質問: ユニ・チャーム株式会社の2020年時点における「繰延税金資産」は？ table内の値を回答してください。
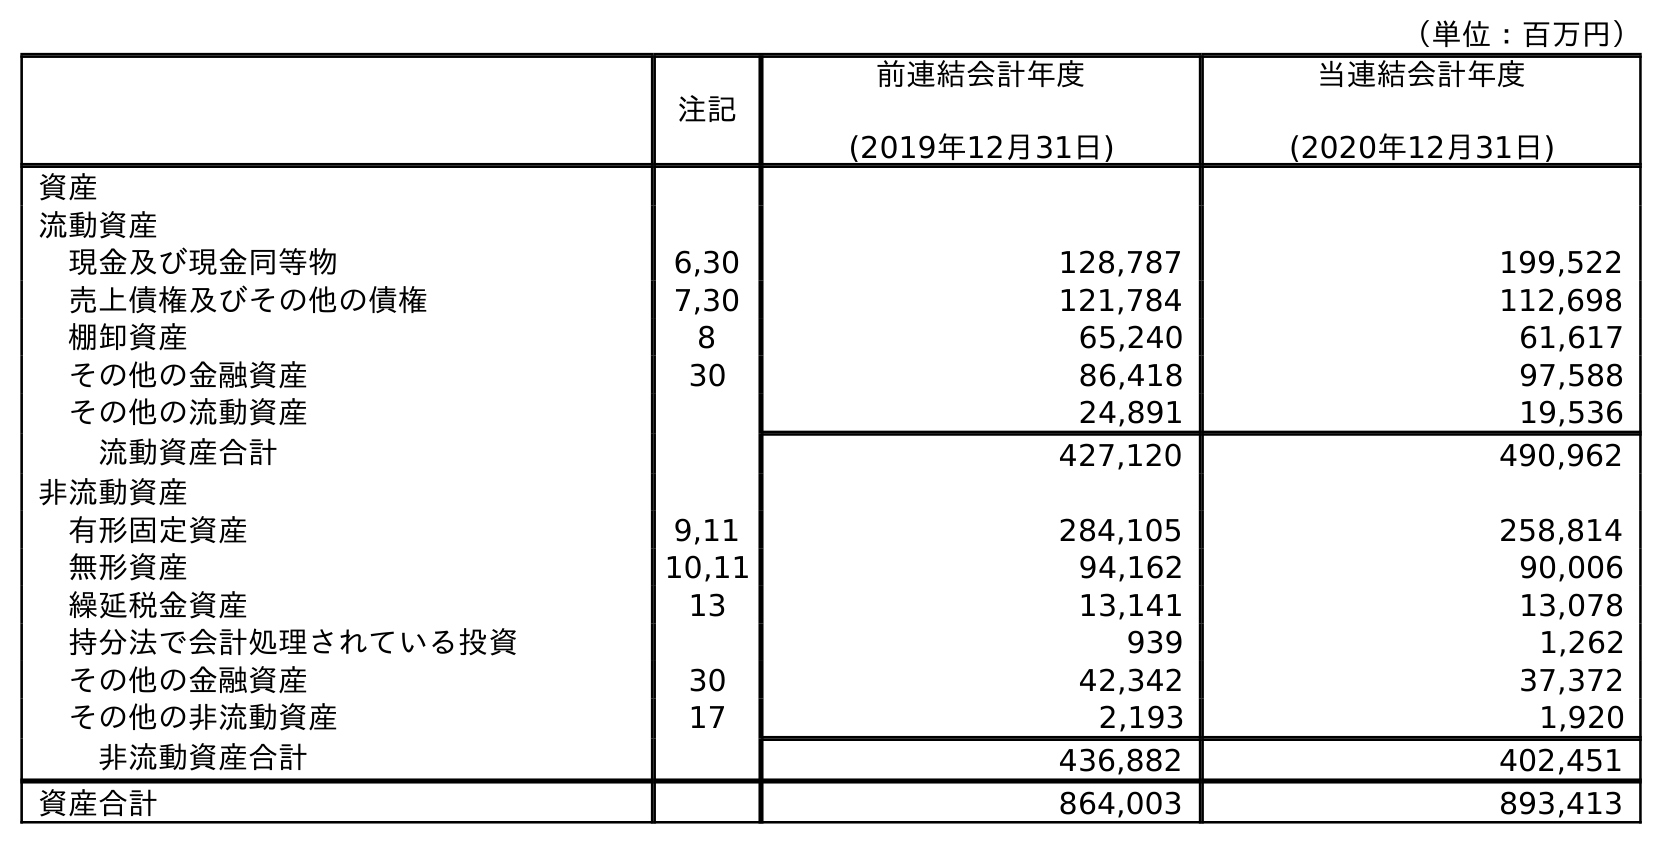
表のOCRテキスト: （単位：百万円） 注記 前連結会計年度 (2019年12月31日) 当連結会計年度 (2020年12月31日) 資産 流動資産 現金及び現金同等物 6,30 128,787 199,522 売上債権及びその他の債権 7,30 121,784 112,698 棚卸資産 8 65,240 61,617 その他の金融資産 30 86,418 97,588 その他の流動資産 24,891 19,536 流動資産合計 427,120 490,962 非流動資産 有形固定資産 9,11 284,105 258,814 無形資産 10,11 94,162 90,006 繰延税金資産 13 13,141 13,078 持分法で会計処理されている投資 939 1,262 その他の金融資産 30 42,342 37,372 その他の非流動資産 17 2,193 1,920 非流動資産合計 436,882 402,451 資産合計 864,003 893,413
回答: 13,078